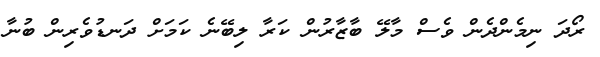
ރޯދަ ނިމެންދެން ވެސް މާލޭ ބާޒާރުން ކަރާ ލިބޭނެ ކަމަށް ދަނޑުވެރިން ބުނާ